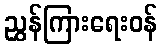
ညွှန်ကြားရေးဝန်